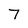
Character: 7